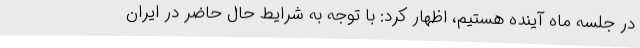
در جلسه ماه آینده هستیم، اظهار کرد: با توجه به شرایط حال حاضر در ایران